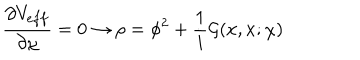
\frac { \partial V _ { e f f } } { \partial \chi } = 0 \rightarrow \rho = \phi ^ { 2 } + \frac { 1 } { i } { \mathcal G } ( x , x ; \chi )